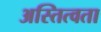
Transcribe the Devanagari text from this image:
अस्तित्वता